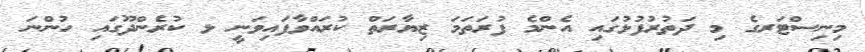
މިނިސްޓަރގެ މި ދަތުރުފުޅުގައި އެންމެ ފުރަތަމަ ޒިޔާރަތް ކުރައްވާފައިވަނީ ޅ ކުރެންދޫގައި ހުންނަ